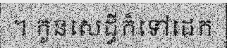
។ កូនសេដ្ធីក៏ទៅដេក